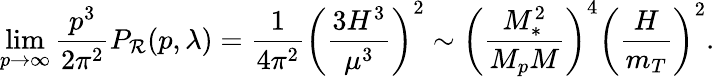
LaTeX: \operatorname*{lim}_{p\to\infty}\frac{p^{3}}{2\pi^{2}}P_{{\cal R}}(p,\lambda)=\frac{1}{4\pi^{2}}\left(\frac{3H^{3}}{\mu^{3}}\right)^{2}\sim\left(\frac{M_{\ast}^{2}}{M_{p}M}\right)^{4}\left(\frac{H}{m_{T}}\right)^{2}.